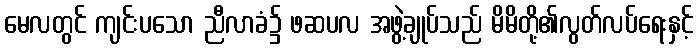
မေလတွင် ကျင်းပသော ညီလာခံ၌ ဖဆပလ အဖွဲ့ချုပ်သည် မိမိတို့၏လွတ်လပ်ရေးနှင့်